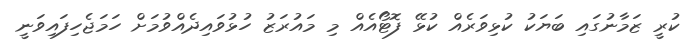
ކުރީ ޒަމާނުގައި ބަޔަކު ކުޅިވަރެއް ކުޅޭ ފޮޓޯއެއް މި މައުރަޒު ހުޅުވައިދެއްވުމަށް ހަމަޖެހިފައިވަނީ